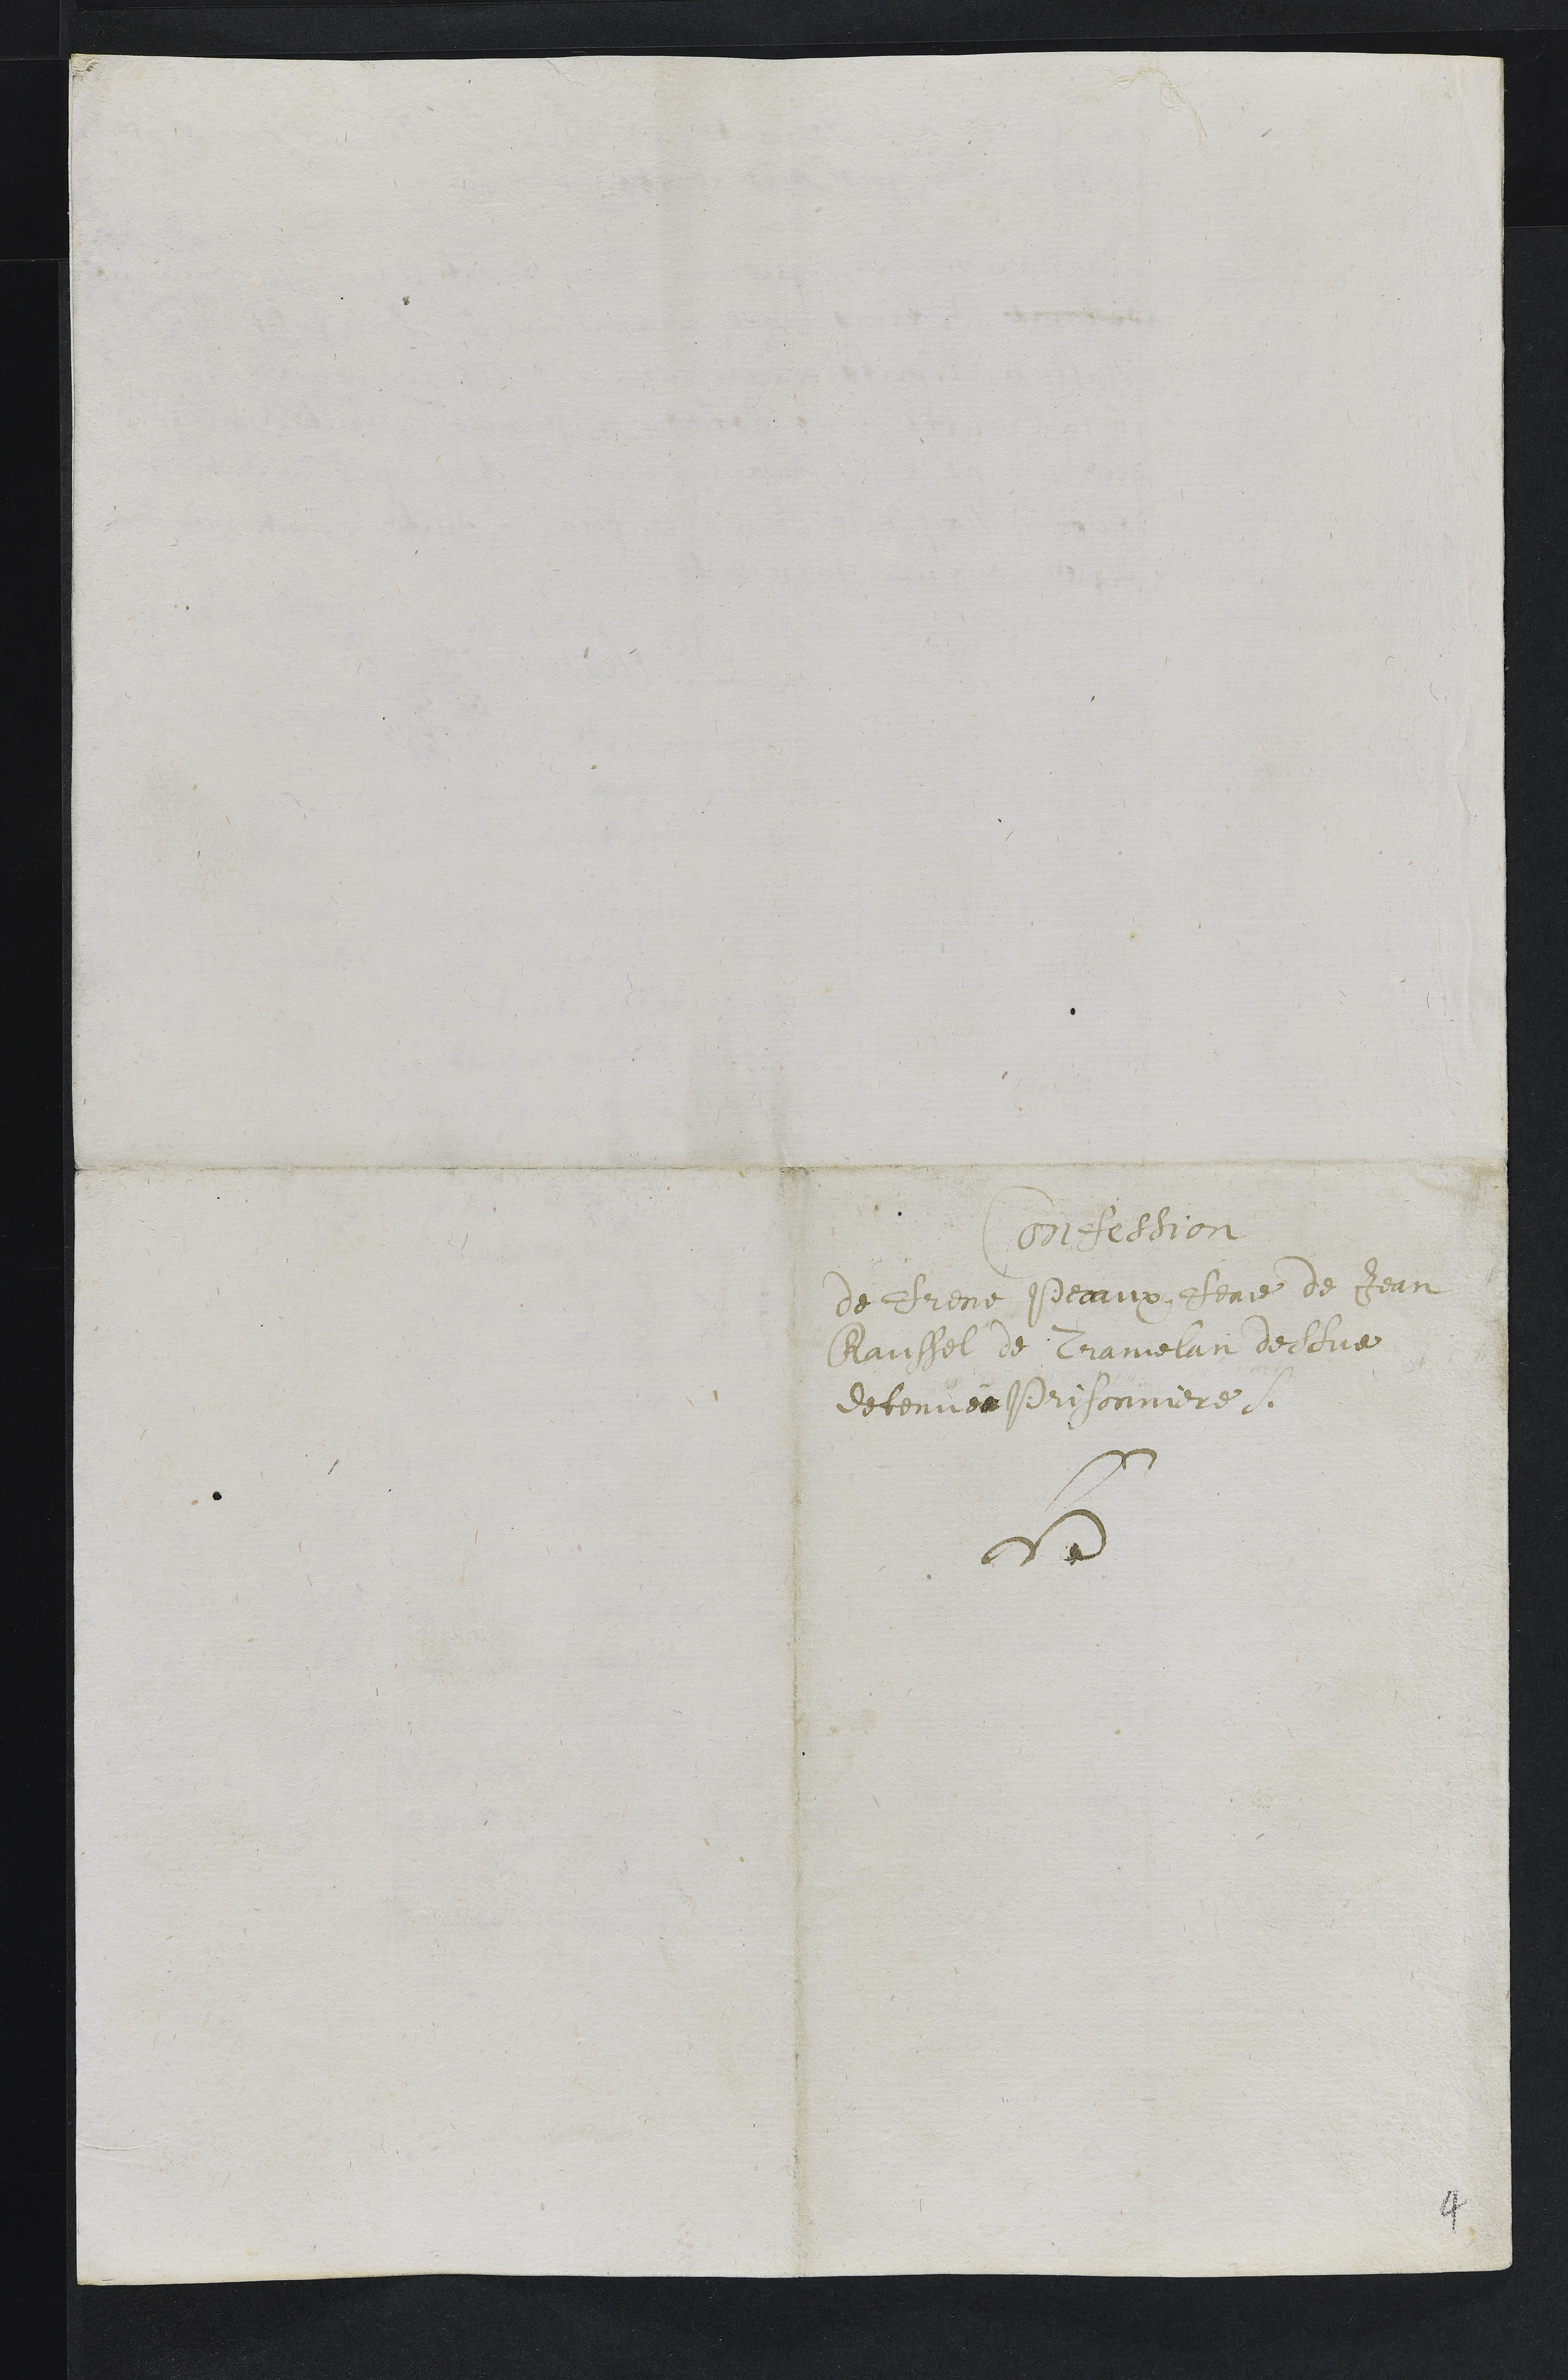
Confession
de Frene Pecaux feme de Jean
Raussel de Tramelan dessus
detenue Prisonniere
4